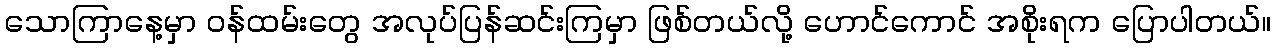
သောကြာနေ့မှာ ဝန်ထမ်းတွေ အလုပ်ပြန်ဆင်းကြမှာ ဖြစ်တယ်လို့ ဟောင်ကောင် အစိုးရက ပြောပါတယ်။